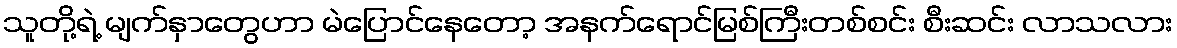
သူတို့ရဲ့ မျက်နှာတွေဟာ မဲပြောင်နေတော့ အနက်ရောင်မြစ်ကြီးတစ်စင်း စီးဆင်း လာသလား